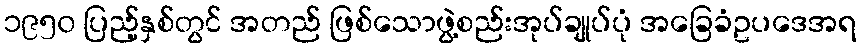
၁၉၅၀ ပြည့်နှစ်တွင် အတည် ဖြစ်သောဖွဲ့စည်းအုပ်ချုပ်ပုံ အခြေခံဥပဒေအရ